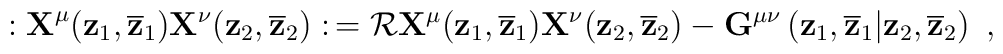
:{\bf X}^{\mu}({\bf z}_{1},\overline{\bf z}_{1})  {\bf X}^{\nu}({\bf z}_{2},\overline{\bf z}_{2}):\,  ={\cal R}{\bf X}^{\mu}({\bf z}_{1},\overline{\bf z}_{1})     {\bf X}^{\nu}({\bf z}_{2},\overline{\bf z}_{2})  {}-{\bf G}^{\mu\nu}\left({\bf z}_{1},\overline{\bf z}_{1}                 |{\bf z}_{2},\overline{\bf z}_{2}\right)~,